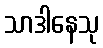
သာဒါနေသု